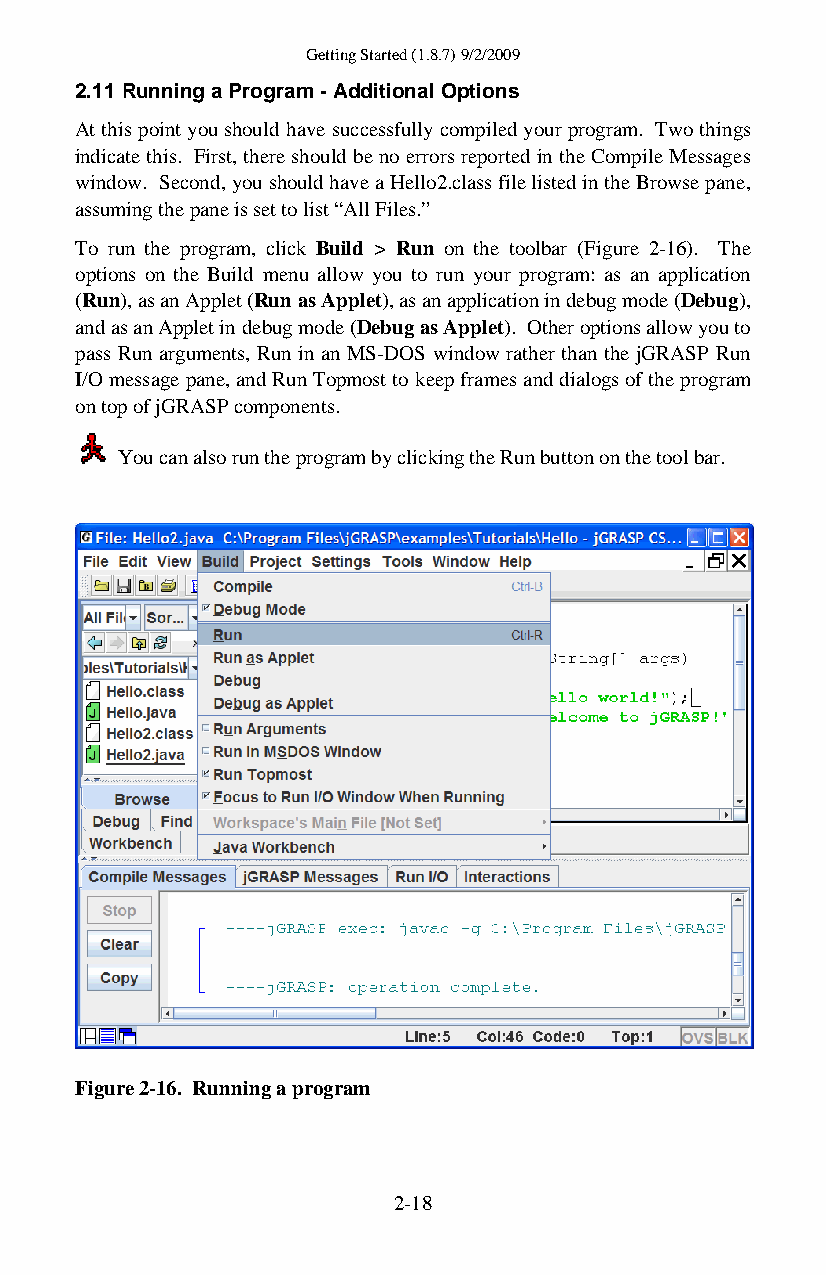
Getting Started (1.8.7) 9/2/2009
 2.11 Running a Program - Additional Options
 At this point you should have successfully compiled your program. Two things
 indicate this. First, there should be no errors reported in the Compile Messages
 window. Second, you should have a Hello2.class file listed in the Browse pane,
 assuming the pane is set to list “All Files.”
 To run the program, click Build > Run on the toolbar (Figure 2-16). The
 options on the Build menu allow you to run your program: as an application
 (Run), as an Applet (Run as Applet), as an application in debug mode (Debug),
 and as an Applet in debug mode (Debug as Applet). Other options allow you to
 pass Run arguments, Run in an MS-DOS window rather than the jGRASP Run
 I/O message pane, and Run Topmost to keep frames and dialogs of the program
 on top of jGRASP components.
 You can also run the program by clicking the Run button on the tool bar.
 Figure 2-16. Running a program
 2-18